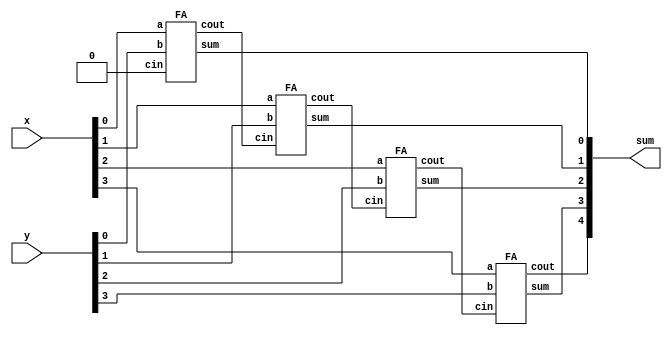
module top_module (
    input [3:0] x,
    input [3:0] y, 
    output [4:0] sum);
    wire cout[2:0];
    FA adder0(x[0],y[0],1'b0,cout[0],sum[0]);
    FA adder1(x[1],y[1],cout[0],cout[1],sum[1]);
    FA adder2(x[2],y[2],cout[1],cout[2],sum[2]);
    FA adder3(x[3],y[3],cout[2],sum[4],sum[3]);
endmodule

module FA( 
    input a, b, cin,
    output cout, sum );
    assign {cout,sum} = a + b + cin;
endmodule